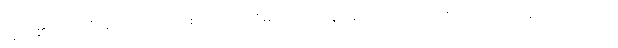
သူတို့၏ မျက်လုံးများသည် အေးစက် တည်ငြိမ်လျက် ရှိနေကြသော်လည်း တောက်ပလျက် ရှိကြလေသည်။